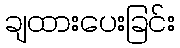
ချထားပေးခြင်း